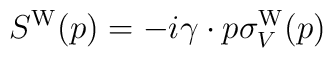
S^{\rm W}(p) = -i\gamma\cdot p \sigma_{V}^{\rm W}(p)